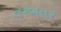
તરબતર